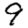
Digit: 9